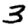
Digit: 3